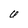
Character: U